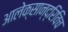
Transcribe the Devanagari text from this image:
आलेक्सान्द्रिविच